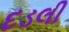
દડલી